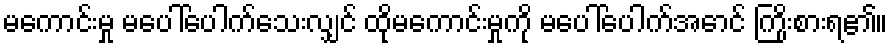
မကောင်းမှု မပေါ်ပေါက်သေးလျှင် ထိုမကောင်းမှုကို မပေါ်ပေါက်အောင် ကြိုးစားရ၏။